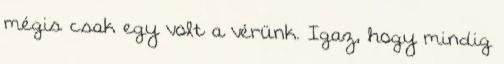
mégis csak egy volt a vérünk. Igaz, hogy mindig